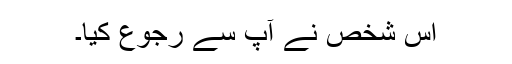
اُس شخص نے آپ سے رجوع کیا۔